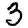
Digit: 3